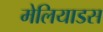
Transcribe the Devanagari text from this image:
मेलियाडस